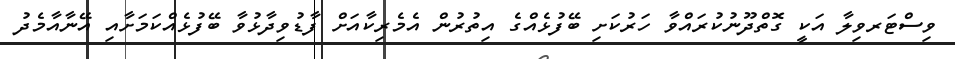
ވިސްޓަރވިލާ އަކީ ގޮތްދޫނުކުރައްވާ ހަރުކަށި ބޭފުޅެއްގެ އިތުރުން އެމެރިކާއަށް ފާޑުވިދާޅުވާ ބޭފުޅެއްކަމަށާއި އޭނާއާމެދު